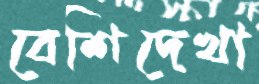
বেশিদেখা